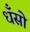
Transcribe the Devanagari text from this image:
धँसो